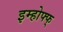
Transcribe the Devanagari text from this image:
इम्होफ्फ्